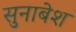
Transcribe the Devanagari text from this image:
सुनाबेश